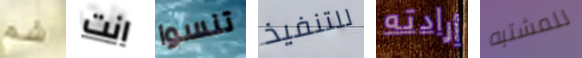
شم انت تنسوا للتنفيذ أرادته للمشتبه